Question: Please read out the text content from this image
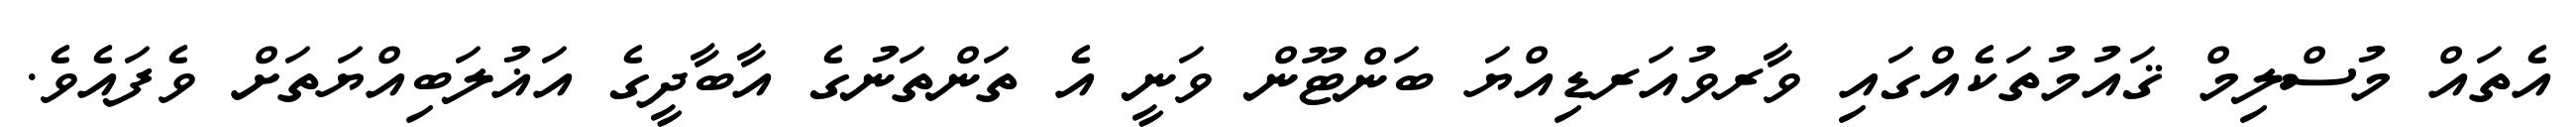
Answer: އެތައް މުސްލިމް ޤައުމުތަކެއްގައި ވާރވުއަރޑިއްޔަ ބަންޓޫން ވަނީ އެ ތަންތަނުގެ އާބާދީގެ އަޣުލަބިއްޔަތަށް ވެފައެވެ.